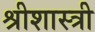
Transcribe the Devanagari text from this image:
श्रीशास्त्री